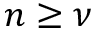
n \geq \nu